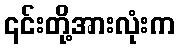
၎င်းတို့အားလုံးက